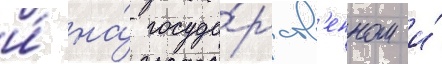
и́ на́ госуда́рств'енном и́